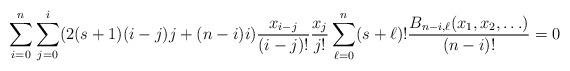
LaTeX: \begin{align*}\sum_{i=0}^n\sum_{j=0}^i(2(s+1)(i-j)j + (n-i)i)\frac{x_{i-j}}{(i-j)!}\frac{x_j}{j!}\sum_{\ell=0}^n (s+\ell)!\frac{B_{n-i, \ell}(x_1, x_2, \ldots)}{(n-i)!} = 0 \end{align*}